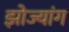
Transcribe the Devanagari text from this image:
झोज्यांग